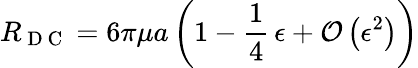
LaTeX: R_{\mathrm{~D~C~}}=6\pi\mu a\left(1-\frac{1}{4}\, \epsilon+\mathcal{O}\left(\epsilon^{2}\right)\right)